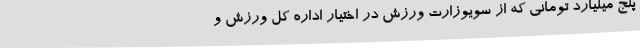
پنج میلیارد تومانی که از سویوزارت ورزش در اختیار اداره کل ورزش و